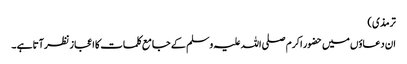
ترمذی )
ان دعاؤں میں حضور اکرم صلی اللہ علیہ وسلم کے جامع کلمات کا اعجاز نظر آتا ہے ۔